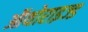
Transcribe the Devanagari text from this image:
ऑथोराइज्ड